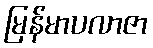
မြန်မာပလာဇာ